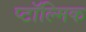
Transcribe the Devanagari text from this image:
प्टॉल्मिक